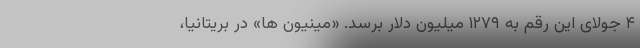
۴ جولای این رقم به ۱۲۷۹ میلیون دلار برسد. «مینیون ها» در بریتانیا،